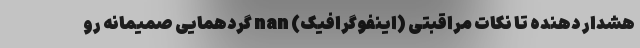
هشدار دهنده تا نکات مراقبتی (اینفوگرافیک) nan گردهمایی صمیمانه رو